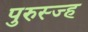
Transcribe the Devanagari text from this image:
पुरुस्ज्ह